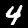
Label: 4